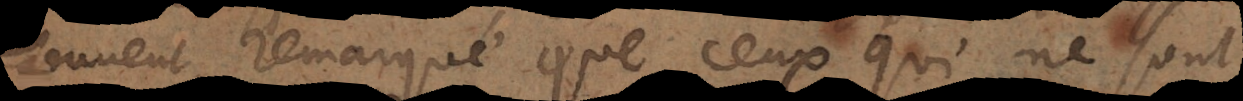
souvent remarqué que ceux qui ne sont